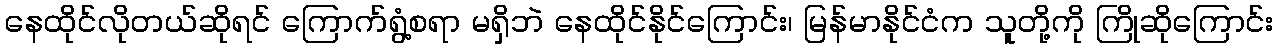
နေထိုင်လိုတယ်ဆိုရင် ကြောက်ရွံ့စရာ မရှိဘဲ နေထိုင်နိုင်ကြောင်း၊ မြန်မာနိုင်ငံက သူတို့ကို ကြိုဆိုကြောင်း